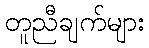
တူညီချက်များ